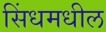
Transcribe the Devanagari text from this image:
सिंधमधील